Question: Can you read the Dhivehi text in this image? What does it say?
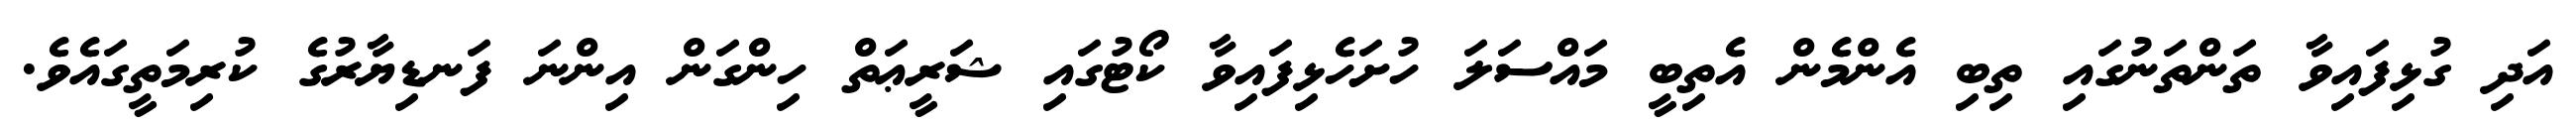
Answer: އަދި ގުޅިފައިވާ ތަންތަނުގައި ތިބި އެންމެން އެތިބީ މައްސަލަ ހުށަހެޅިފައިވާ ކޯޓުގައި ޝަރީޢަތް ހިންގަން އިންނަ ފަނޑިޔާރުގެ ކުރިމަތީގައެވެ.